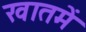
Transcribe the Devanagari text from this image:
खातमें